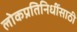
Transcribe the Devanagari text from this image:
लोकप्रतिनिधींसाठी